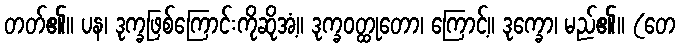
တတ်၏။ ပန၊ ဒုက္ခဖြစ်ကြောင်းကိုဆိုအံ့။ ဒုက္ခဝတ္ထုတော၊ ကြောင့်။ ဒုက္ခော၊ မည်၏။ (တေ